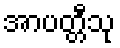
အာပတ္တီသု